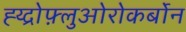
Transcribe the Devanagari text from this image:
ह्य्द्रोफ़्लुओरोकर्बोन